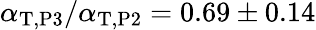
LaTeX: \alpha_{\mathrm{T},\mathrm{P3}}/\alpha_{\mathrm{T},\mathrm{P2}}=0.69\pm 0.14